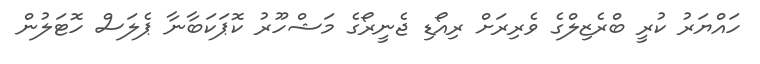
ހައްޔަރު ކުރީ ބްރެޒިލްގެ ވެރިރަށް ރިއޯޑި ޖެނީރޯގެ މަޝްހޫރު ކޮޕަކަބާނާ ޕެލަސް ހޮޓަލުން